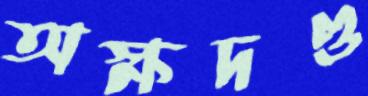
অক্ষদণ্ড